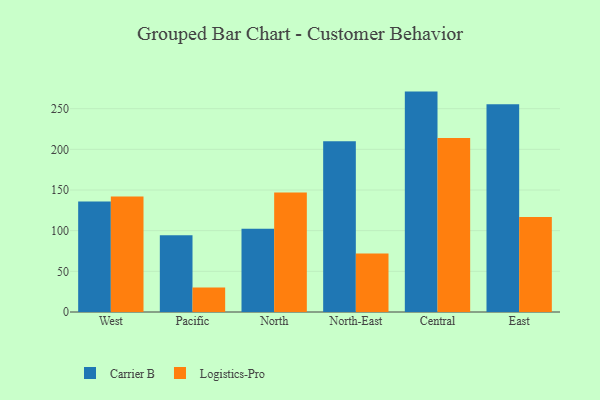
{"axis": {"x": "Region", "y": "Production Output"}, "legend": ["Carrier B", "Logistics-Pro"], "data": [{"x": "West", "y": 135.9, "type": "Carrier B"}, {"x": "West", "y": 141.9, "type": "Logistics-Pro"}, {"x": "Pacific", "y": 94.3, "type": "Carrier B"}, {"x": "Pacific", "y": 30.0, "type": "Logistics-Pro"}, {"x": "North", "y": 102.4, "type": "Carrier B"}, {"x": "North", "y": 146.8, "type": "Logistics-Pro"}, {"x": "North-East", "y": 210.0, "type": "Carrier B"}, {"x": "North-East", "y": 72.0, "type": "Logistics-Pro"}, {"x": "Central", "y": 271.0, "type": "Carrier B"}, {"x": "Central", "y": 213.9, "type": "Logistics-Pro"}, {"x": "East", "y": 255.5, "type": "Carrier B"}, {"x": "East", "y": 116.9, "type": "Logistics-Pro"}]}